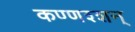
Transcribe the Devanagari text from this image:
कण्णश्शन्